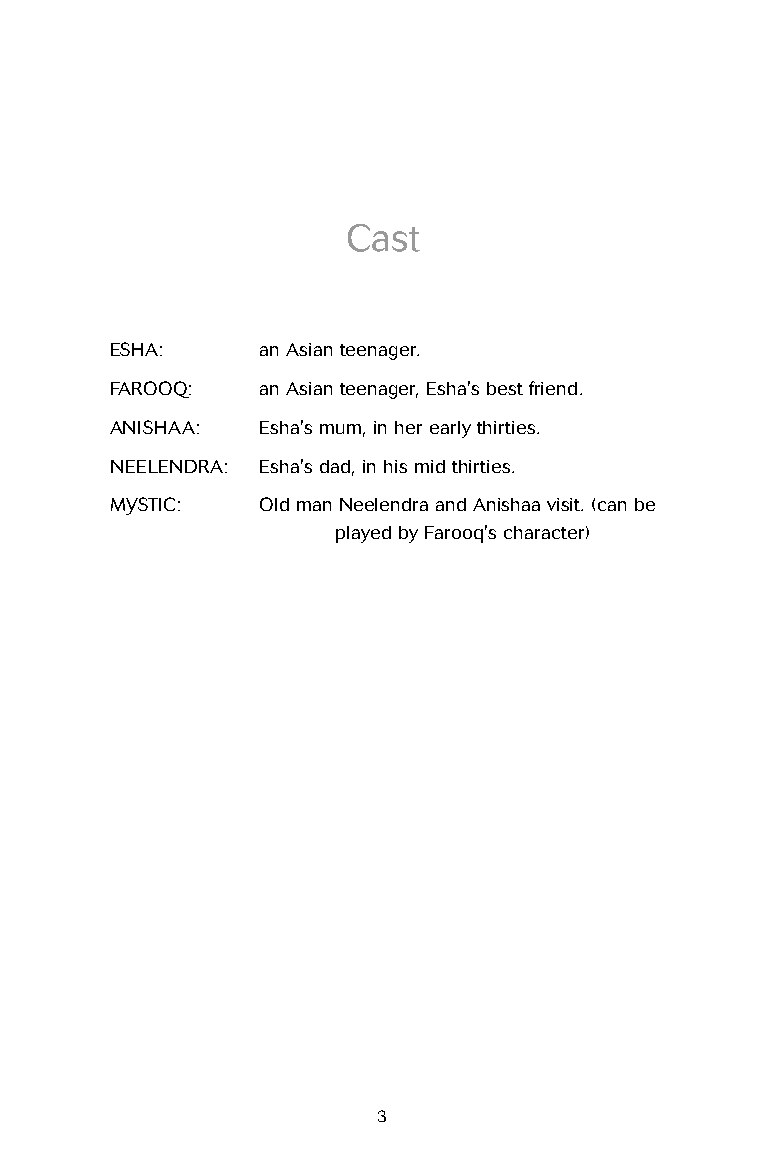
Cast
 ESHA:     an Asian teenager.
 FAROOQ:   an Asian teenager, Esha's best friend.
 ANISHAA:  Esha's mum, in her early thirties.
 NEELENDRA: Esha's dad, in his mid thirties.
 MYSTIC:   Old man Neelendra and Anishaa visit. (can be
 played by Farooq's character)
 3